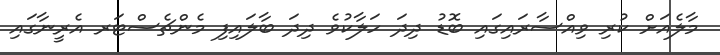
މާލެއަށް ކުރި ވިއްސާރައިގައި ބޮޑު ދިދަ ހަލާކުވެ ދިދަ ބާލައިފި މެންޗެސްޓަރ އެރީނާގައި